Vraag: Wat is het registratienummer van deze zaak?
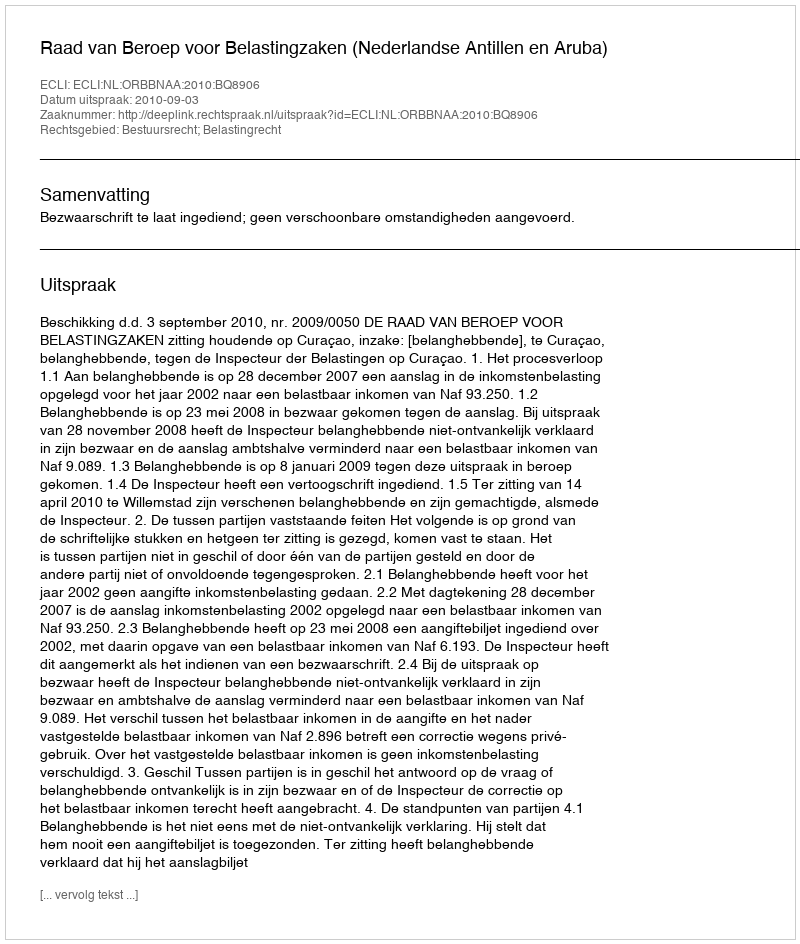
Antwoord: http://deeplink.rechtspraak.nl/uitspraak?id=ECLI:NL:ORBBNAA:2010:BQ8906